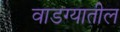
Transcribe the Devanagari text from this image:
वाडग्यातील